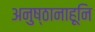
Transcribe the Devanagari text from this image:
अनुष्ठानाहूनि